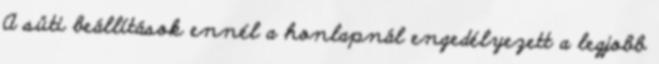
A süti beállítások ennél a honlapnál engedélyezett a legjobb